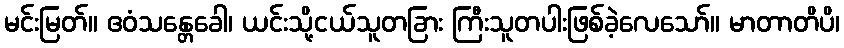
မင်းမြတ်။ ဧဝံသန္တေခေါ၊ ယင်းသို့ငယ်သူတခြား ကြီးသူတပါးဖြစ်ခဲ့လေသော်။ မာတာတိပိ၊